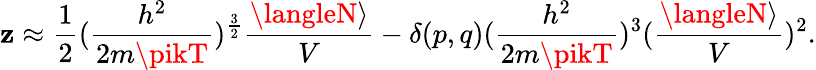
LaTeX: \mathbf{z}\approx{\frac{{1}}{{2}}}({\frac{{h^{2}}}{{2m\pikT}}})^{\frac{{3}}{{2}}}{\frac{{\langleN\rangle}}{{V}}}-\delta(p,q)({\frac{{h^{2}}}{{2m\pikT}}})^{3}({\frac{{\langleN\rangle}}{{V}}})^{2}.